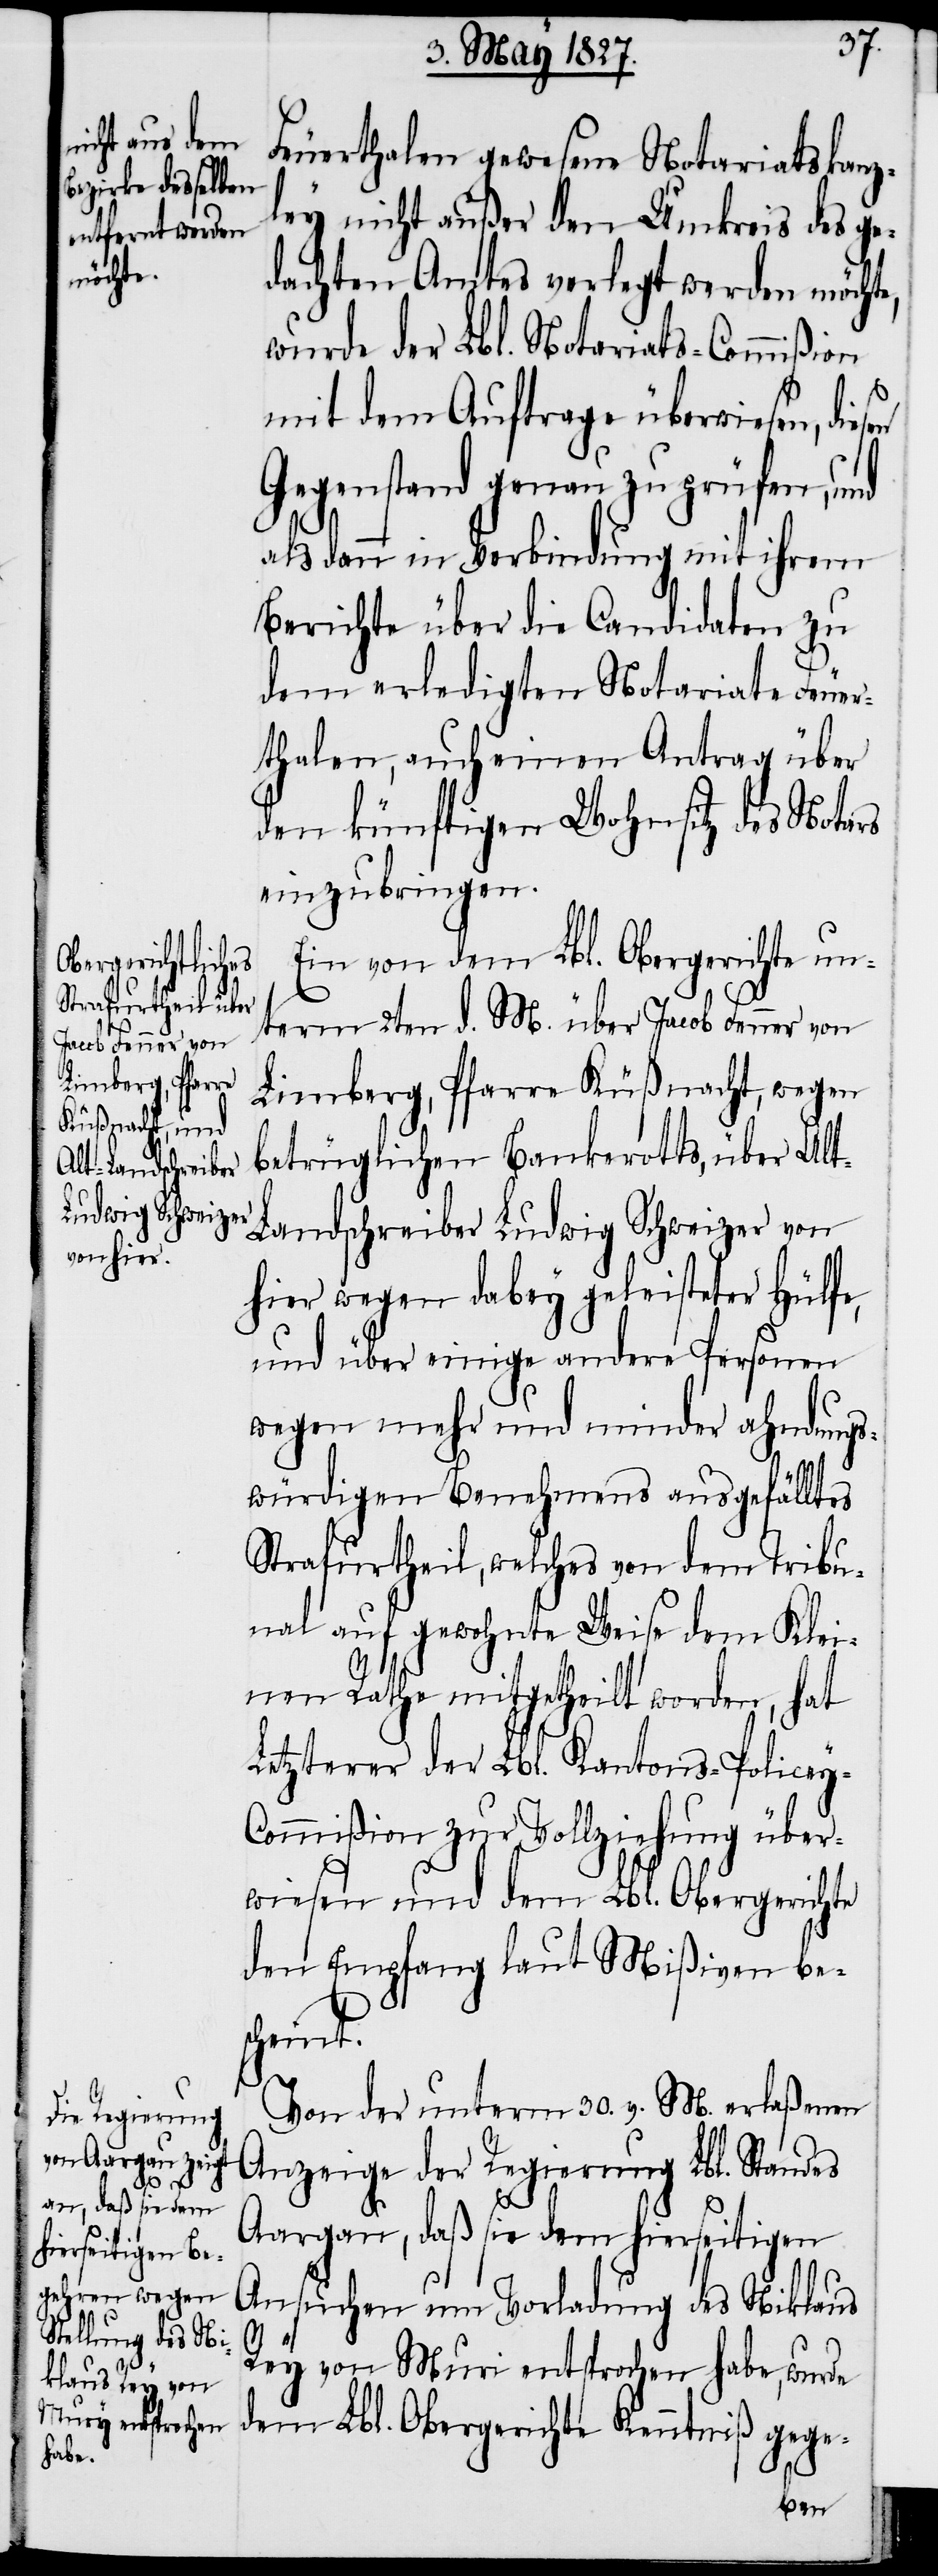
Feuerthalen gewesene Notariatskanz¬
ley nicht außer den Umkreis des ge¬
dachten Amtes verlegt werden möchte,
wurde der Lbl. Notariats-Commißion
mit dem Auftrage überwiesen, die¬
Gegenstand genau zu prüfen, und
alsdann in Verbindung mit ihrem
Berichte über die Candidaten zu
dem erledigten Notariate Feuer¬
thalen, auch einen Antrag über
den künftigen Wohnsitz des Notars
einzubringen.
Ein vom dem Lbl. Obergerichte un¬
term 2ten d. M. über Jacob Fenner von
Limberg, Pfarre Küßnacht, wegen
betrüglichen Bankerotts, über Al¬
t-Landschreiber Ludwig Schweizer von
hier wegen dabey geleisteter Hülfe,
und über einige andere Personen
wegen mehr und minder ahndungs¬
würdigen Benehmens ausgefälltes
Strafurtheil, welches von dem Tribu¬
nal auf gewohnte Weise dem Klei¬
nen Rathe mitgetheilt worden, hat
Letzterer der Lbl. Kantons-Policey-C¬
ommißion zur Vollziehung über¬
wiesen und dem Lbl. Obergerichte
den Empfang laut Mißiven bes¬
cheint.
Von der unterm 30. v. M. erlaßenen
Anzeige der Regierung Lbl. Standes
Aargau, daß sie dem hierseitigen
Ansuchen um Vorladung des Niklaus
Rey von Muri entsprochen habe, wurde
dem Lbl. Obergerichte Kenntniß gege-
sen